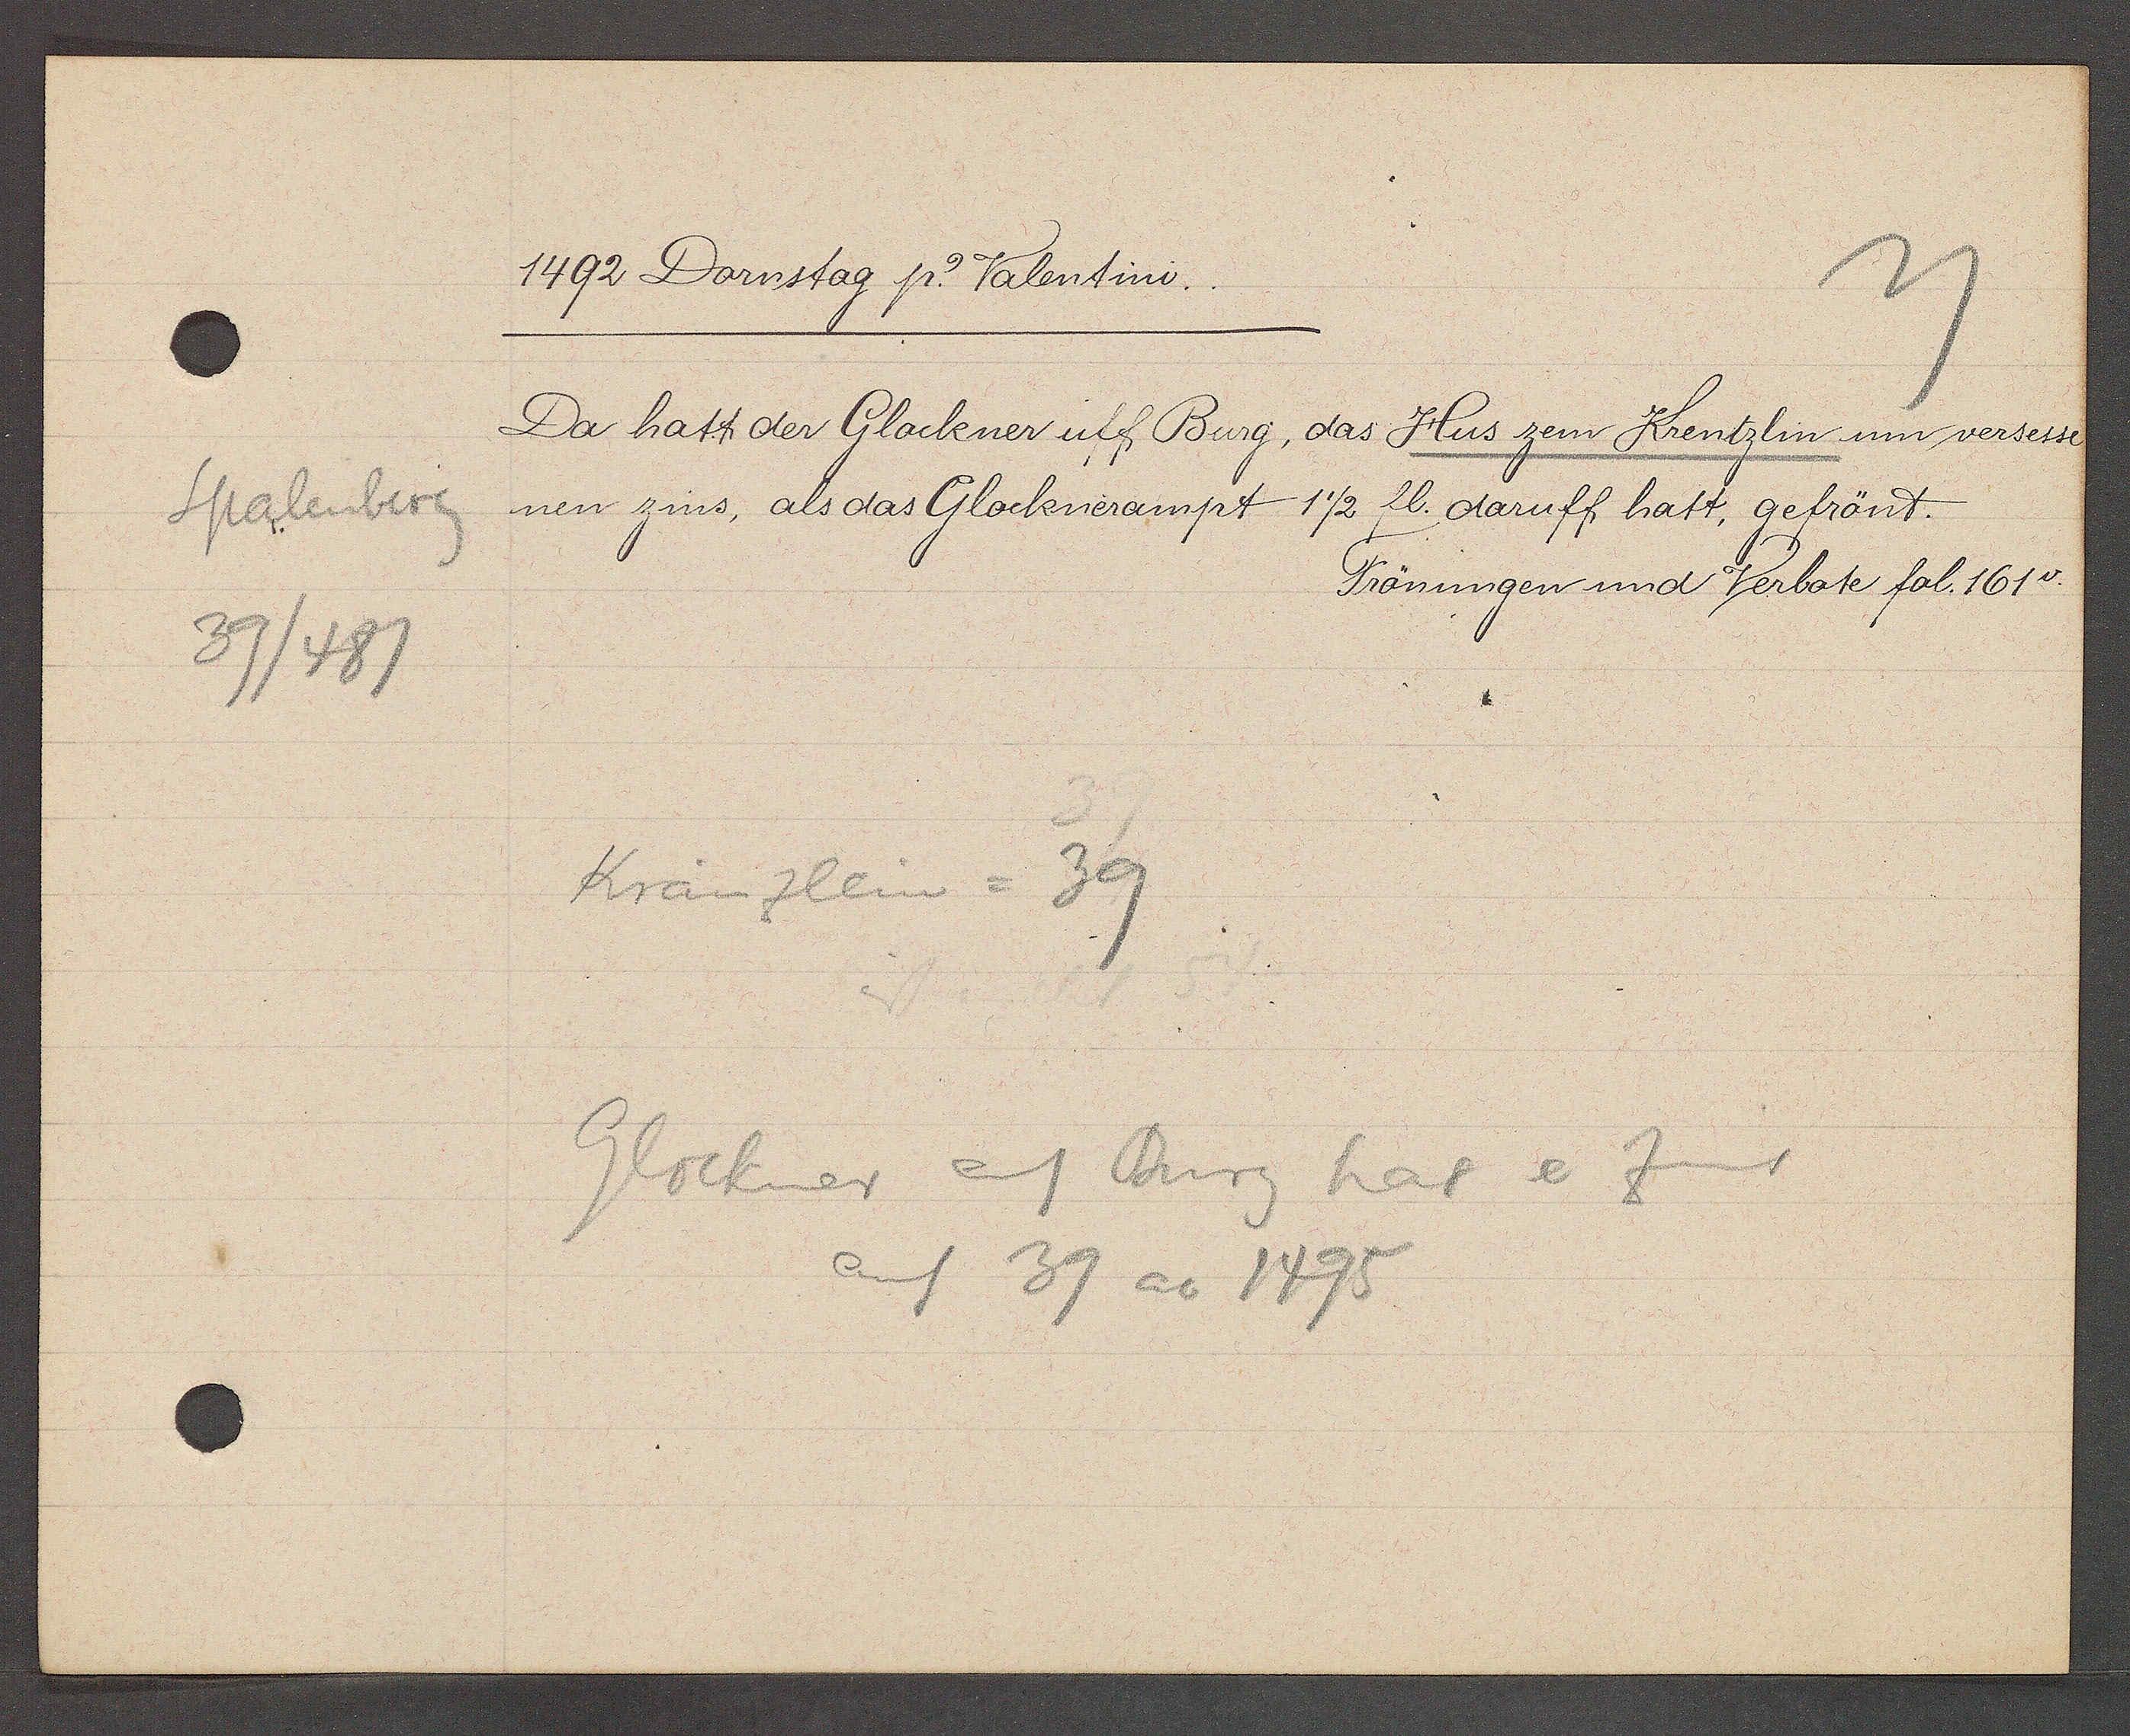
Transcript:
Spalenberg
39/481

1492 Dornstag p. Valentini.

Da hatt der Glockner uff Burg, das Hus zem Krentzlin um versesse
nen zins, als das Glocknerampt
1½ fl. daruff hatt, gefrönt.

Kränzlein = 39

Glockner auf Burg hat e Zins
auf 39 ao 1495

Frönungen und Verbote fol. 161v.